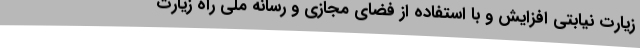
زیارت نیابتی افزایش و با استفاده از فضای مجازی و رسانه ملی راه زیارت